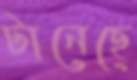
টানেছে